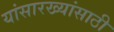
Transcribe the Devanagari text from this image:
यांसारख्यांसाठी